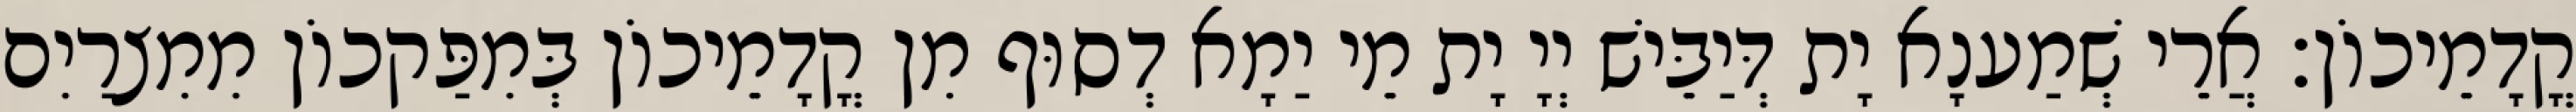
קֳדָמֵיכוֹן׃ אֲרֵי שְׁמַענָא יָת דְּיַבֵּישׁ יְיָ יָת מֵי יַמָא דְסוּף מִן קֳדָמֵיכוֹן בְּמִפַּקכוֹן מִמִצרַיִם